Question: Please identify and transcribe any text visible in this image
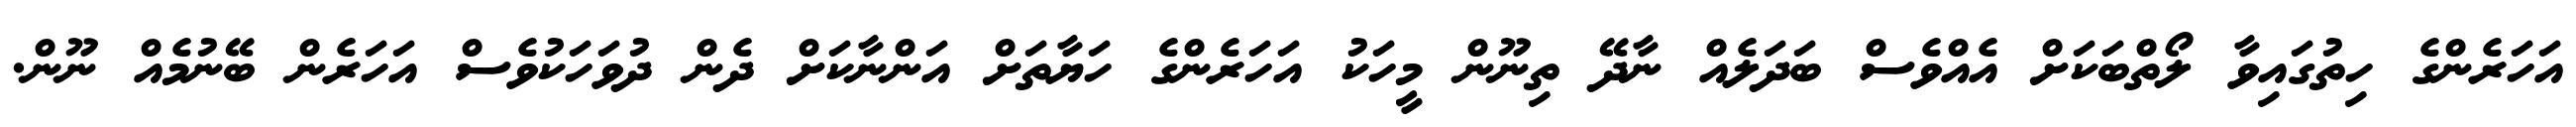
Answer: އަހަރެންގެ ހިތުގައިވާ ލޯތްބަކަށް އެއްވެސް ބަދަލެއް ނާދޭ ތިނޫން މީހަކު އަހަރެންގެ ހަޔާތަށް އަންނާކަށް ދެން ދުވަހަކުވެސް އަހަރެން ބޭނުމެއް ނޫން.